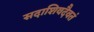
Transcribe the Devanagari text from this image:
सदाशिवदैवतं